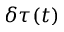
\delta \tau ( t )